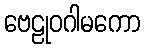
ဗေဠုဝဂါမကော